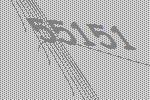
55151